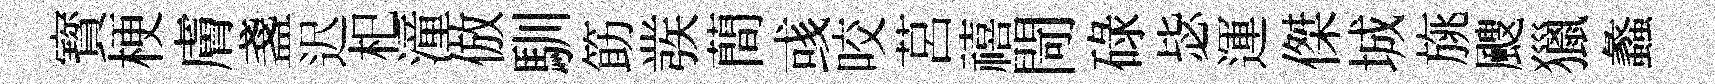
寳梗膚盞迟𣏌潼倣馴筯彂蕳彧咬莒禧閜碌毖運傑城旐颼獵蠡